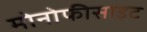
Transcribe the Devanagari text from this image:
मोनोफीसाइट